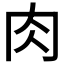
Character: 肉